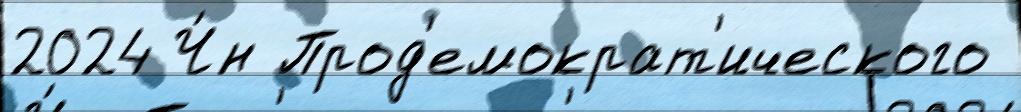
2024 Ч́н Прод'емократ'ического